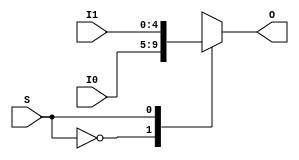
module Mux2to1_5b(
    input wire S,
    input wire [4:0] I0,
    input wire [4:0] I1,
    output reg [4:0] O
);

    always @ * begin
        case (S)
            1'b0:
                O <= I0;
            1'b1:
                O <= I1;
            default: begin
                // exception
                O <= 0;
            end
        endcase
    end

endmodule